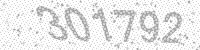
Solution: 301792